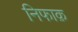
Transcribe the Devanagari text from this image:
निफाक़